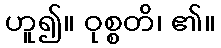
ဟူ၍။ ဝုစ္စတိ၊ ၏။